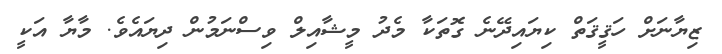
ޒިޔާނަށް ހަޤީޤަތް ކިޔައިދޭނެ ގޮތަކާ މެދު މީޝާއިލް ވިސްނަމުން ދިޔައެވެ. މާޔާ އަކީ